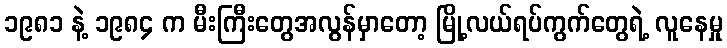
၁၉၈၁ နဲ့ ၁၉၈၄ က မီးကြီးတွေအလွန်မှာတော့ မြို့လယ်ရပ်ကွက်တွေရဲ့ လူနေမှု